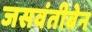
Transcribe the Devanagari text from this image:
जसवंतीबेन